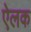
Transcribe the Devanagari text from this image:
ऐलक